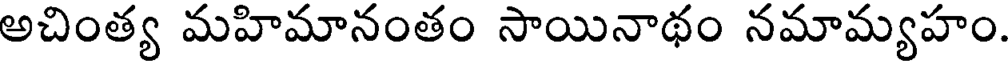
అచింత్య మహిమానంతం సాయినాథం నమామ్యహం.